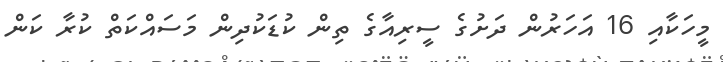
މީހަކާއި 16 އަހަރުން ދަށުގެ ސީރިއާގެ ތިން ކުޑަކުދިން މަސައްކަތް ކުރާ ކަން